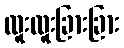
ထူးထူးခြားခြား